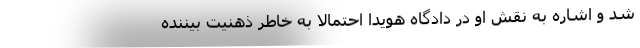
شد و اشاره به نقش او در دادگاه هویدا احتمالا به خاطر ذهنیت بیننده